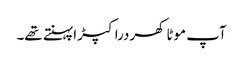
آپ موٹا کھردرا کپڑا پہنتے تھے۔